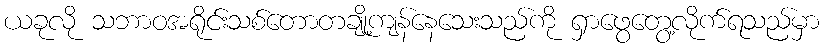
ယခုလို သဘာဝအရိုင်းသစ်တောတချို့ကျန်နေသေးသည်ကို ရှာဖွေတွေ့လိုက်ရသည်မှာ